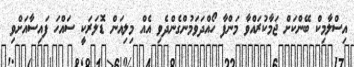
އިސްލާމިކް ބޭންކަށް ޖަމާކުރައްވާ މަންފާ ހޯއްދަވަމުންގެންދެވި އެއް މިލިއަން ޑޮލަރަކީ ސައްހަ ފައިސާއަށްވި